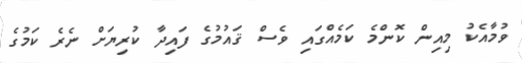
ވުމާއެކު މިއިން ކޮންމެ ކަމެއްގައި ވެސް ޤައުމުގެ ފައިދާ ކުރިޔަށް ނެރެ ކަމުގެ